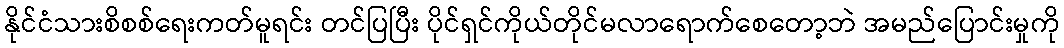
နိုင်ငံသားစိစစ်ရေးကတ်မူရင်း တင်ပြပြီး ပိုင်ရှင်ကိုယ်တိုင်မလာရောက်စေတော့ဘဲ အမည်ပြောင်းမှုကို